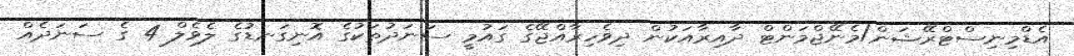
އެޑްމިނިސްޓްރޭޝަން/މެނޭޖްމަންޓް ދާއިރާއަކުން ދިވެހިރާއްޖޭގެ ގައުމީ ސަނަދުތަކުގެ އޮނިގަނޑުގެ ލެވެލް 4 ގެ ސަނަދެއް